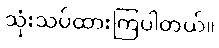
သုံးသပ်ထားကြပါတယ်။